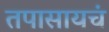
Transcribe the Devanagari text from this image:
तपासायचं